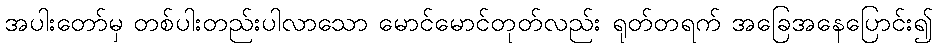
အပါးတော်မှ တစ်ပါးတည်းပါလာသော မောင်မောင်တုတ်လည်း ရုတ်တရက် အခြေအနေပြောင်း၍